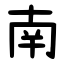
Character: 南